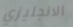
الانجليزي